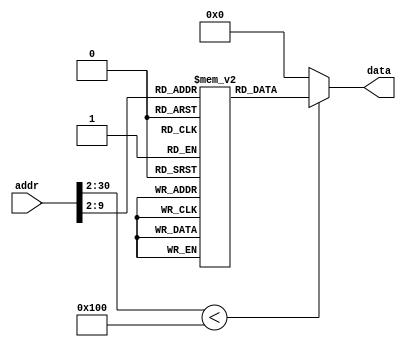
`timescale 1ns/1ps

module ROM5 (addr,data);
input [30:0] addr;
output [31:0] data;

localparam ROM_SIZE = 256;
(* rom_style = "distributed" *) reg [31:0] ROMDATA[ROM_SIZE-1:0];

assign data=(addr[30:2] < ROM_SIZE)?ROMDATA[addr[30:2]]:32'b0;

integer i;
initial begin
ROMDATA[0] <= 32'h0800006b;//j Start
ROMDATA[1] <= 32'h08000067;//j ill_handler
ROMDATA[2] <= 32'h08000003;//j IRQ
ROMDATA[3] <= 32'h3c194000;//IRQ: lui $t9 0x4000
ROMDATA[4] <= 32'h8f310008;//lw $s1 8($t9)
ROMDATA[5] <= 32'h32380004;//andi $t8 $s1 4
ROMDATA[6] <= 32'h3231fffb;//andi $s1 $s1 0xfffb
ROMDATA[7] <= 32'haf310008;//sw $s1 8($t9)
ROMDATA[8] <= 32'h17000010;//bne $t8 $zero Timer
ROMDATA[9] <= 32'h8f310020;//lw $s1 32($t9)
ROMDATA[10] <= 32'h322f0008;//andi $t7 $s1 8
ROMDATA[11] <= 32'h15e00054;//bne $t7 $zero Read
ROMDATA[12] <= 32'h322e0004;//andi $t6 $s1 4
ROMDATA[13] <= 32'h15c00001;//bne $t6 $zero Write
ROMDATA[14] <= 32'h08000067;//j ill_handler
ROMDATA[15] <= 32'h20020000;//Write: addi $v0 $zero 0
ROMDATA[16] <= 32'h08000011;//j Return
ROMDATA[17] <= 32'h8f310008;//Return: lw $s1 8($t9)
ROMDATA[18] <= 32'h20180002;//addi $t8 $zero 2
ROMDATA[19] <= 32'h02388825;//or $s1 $s1 $t8
ROMDATA[20] <= 32'haf310008;//sw $s1 8($t9)
ROMDATA[21] <= 32'h20180003;//addi $t8 $zero 3
ROMDATA[22] <= 32'haf380020;//sw $t8 32($t9)
ROMDATA[23] <= 32'h235afffc;//addi $k0 $k0 -4
ROMDATA[24] <= 32'h03400008;//jr $k0
ROMDATA[25] <= 32'h8f320014;//Timer: lw $s2 20($t9)
ROMDATA[26] <= 32'h324f0f00;//andi $t7 $s2 0x0f00
ROMDATA[27] <= 32'h200a0700;//addi $t2 $zero 0x0700
ROMDATA[28] <= 32'h20090b00;//addi $t1 $zero 0x0b00
ROMDATA[29] <= 32'h11ea000a;//beq $t7 $t2 Second
ROMDATA[30] <= 32'h200a0b00;//addi $t2 $zero 0x0b00
ROMDATA[31] <= 32'h20090d00;//addi $t1 $zero 0x0d00
ROMDATA[32] <= 32'h11ea0009;//beq $t7 $t2 Third
ROMDATA[33] <= 32'h200a0d00;//addi $t2 $zero 0x0d00
ROMDATA[34] <= 32'h20090e00;//addi $t1 $zero 0x0e00
ROMDATA[35] <= 32'h11ea0009;//beq $t7 $t2 Fourth
ROMDATA[36] <= 32'h20090700;//addi $t1 $zero 0x0700
ROMDATA[37] <= 32'h30ce00f0;//andi $t6 $a2 0x00f0
ROMDATA[38] <= 32'h000e7102;//srl $t6 $t6 4
ROMDATA[39] <= 32'h0800002f;//j Decode
ROMDATA[40] <= 32'h30ce000f;//Second: andi $t6 $a2 0x000f
ROMDATA[41] <= 32'h0800002f;//j Decode
ROMDATA[42] <= 32'h30ee00f0;//Third: andi $t6 $a3 0x00f0
ROMDATA[43] <= 32'h000e7102;//srl $t6 $t6 4
ROMDATA[44] <= 32'h0800002f;//j Decode
ROMDATA[45] <= 32'h30ee000f;//Fourth: andi $t6 $a3 0x000f
ROMDATA[46] <= 32'h0800002f;//j Decode
ROMDATA[47] <= 32'h200d0000;//Decode: addi $t5 $zero 0
ROMDATA[48] <= 32'h200c00c0;//addi $t4 $zero 0xc0
ROMDATA[49] <= 32'h11ae002b;//beq $t5 $t6 Digi
ROMDATA[50] <= 32'h200d0001;//addi $t5 $zero 1
ROMDATA[51] <= 32'h200c00f9;//addi $t4 $zero 0xf9
ROMDATA[52] <= 32'h11ae0028;//beq $t5 $t6 Digi
ROMDATA[53] <= 32'h200d0002;//addi $t5 $zero 2
ROMDATA[54] <= 32'h200c00a4;//addi $t4 $zero 0xa4
ROMDATA[55] <= 32'h11ae0025;//beq $t5 $t6 Digi
ROMDATA[56] <= 32'h200d0003;//addi $t5 $zero 3
ROMDATA[57] <= 32'h200c00b0;//addi $t4 $zero 0xb0
ROMDATA[58] <= 32'h11ae0022;//beq $t5 $t6 Digi
ROMDATA[59] <= 32'h200d0004;//addi $t5 $zero 4
ROMDATA[60] <= 32'h200c0099;//addi $t4 $zero 0x99
ROMDATA[61] <= 32'h11ae001f;//beq $t5 $t6 Digi
ROMDATA[62] <= 32'h200d0005;//addi $t5 $zero 5
ROMDATA[63] <= 32'h200c0092;//addi $t4 $zero 0x92
ROMDATA[64] <= 32'h11ae001c;//beq $t5 $t6 Digi
ROMDATA[65] <= 32'h200d0006;//addi $t5 $zero 6
ROMDATA[66] <= 32'h200c0082;//addi $t4 $zero 0x82
ROMDATA[67] <= 32'h11ae0019;//beq $t5 $t6 Digi
ROMDATA[68] <= 32'h200d0007;//addi $t5 $zero 7
ROMDATA[69] <= 32'h200c00f8;//addi $t4 $zero 0xf8
ROMDATA[70] <= 32'h11ae0016;//beq $t5 $t6 Digi
ROMDATA[71] <= 32'h200d0008;//addi $t5 $zero 8
ROMDATA[72] <= 32'h200c0080;//addi $t4 $zero 0x80
ROMDATA[73] <= 32'h11ae0013;//beq $t5 $t6 Digi
ROMDATA[74] <= 32'h200d0009;//addi $t5 $zero 9
ROMDATA[75] <= 32'h200c0090;//addi $t4 $zero 0x90
ROMDATA[76] <= 32'h11ae0010;//beq $t5 $t6 Digi
ROMDATA[77] <= 32'h200d000a;//addi $t5 $zero 10
ROMDATA[78] <= 32'h200c0088;//addi $t4 $zero 0x88
ROMDATA[79] <= 32'h11ae000d;//beq $t5 $t6 Digi
ROMDATA[80] <= 32'h200d000b;//addi $t5 $zero 11
ROMDATA[81] <= 32'h200c0083;//addi $t4 $zero 0x83
ROMDATA[82] <= 32'h11ae000a;//beq $t5 $t6 Digi
ROMDATA[83] <= 32'h200d000c;//addi $t5 $zero 12
ROMDATA[84] <= 32'h200c00c6;//addi $t4 $zero 0xc6
ROMDATA[85] <= 32'h11ae0007;//beq $t5 $t6 Digi
ROMDATA[86] <= 32'h200d000d;//addi $t5 $zero 13
ROMDATA[87] <= 32'h200c00a1;//addi $t4 $zero 0xa1
ROMDATA[88] <= 32'h11ae0004;//beq $t5 $t6 Digi
ROMDATA[89] <= 32'h200d000e;//addi $t5 $zero 14
ROMDATA[90] <= 32'h200c0086;//addi $t4 $zero 0x86
ROMDATA[91] <= 32'h11ae0001;//beq $t5 $t6 Digi
ROMDATA[92] <= 32'h200c008e;//addi $t4 $zero 0x8e
ROMDATA[93] <= 32'h01899020;//Digi: add $s2 $t4 $t1
ROMDATA[94] <= 32'haf320014;//sw $s2 20($t9)
ROMDATA[95] <= 32'h08000011;//j Return
ROMDATA[96] <= 32'h10800004;//Read: beq $a0 $zero Firstpara
ROMDATA[97] <= 32'h10a00001;//beq $a1 $zero Secondpara
ROMDATA[98] <= 32'h08000011;//j Return
ROMDATA[99] <= 32'h8f25001c;//Secondpara: lw $a1 28($t9)
ROMDATA[100] <= 32'h08000011;//j Return
ROMDATA[101] <= 32'h8f24001c;//Firstpara: lw $a0 28($t9)
ROMDATA[102] <= 32'h08000011;//j Return
ROMDATA[103] <= 32'h08000067;//ill_handler: j ill_handler
ROMDATA[104] <= 32'h001ff840;//Next: sll $ra $ra 1
ROMDATA[105] <= 32'h001ff842;//srl $ra $ra 1
ROMDATA[106] <= 32'h03e00008;//jr $ra
ROMDATA[107] <= 32'h0c000068;//Start: jal Next
ROMDATA[108] <= 32'h3c194000;//lui $t9 0x4000
ROMDATA[109] <= 32'haf200008;//sw $zero 8($t9)
ROMDATA[110] <= 32'h3c18ffff;//lui $t8 0xffff
ROMDATA[111] <= 32'h2018d8ef;//addi $t8 $zero 0xd8ef
ROMDATA[112] <= 32'haf380000;//sw $t8 0($t9)
ROMDATA[113] <= 32'h3c18ffff;//lui $t8 0xffff
ROMDATA[114] <= 32'h2018ffff;//addi $t8 $zero 0xffff
ROMDATA[115] <= 32'haf380004;//sw $t8 4($t9)
ROMDATA[116] <= 32'haf380014;//sw $t8 20($t9)
ROMDATA[117] <= 32'h20180003;//addi $t8 $zero 3
ROMDATA[118] <= 32'haf380008;//sw $t8 8($t9)
ROMDATA[119] <= 32'h2018000e;//addi $t8 $zero 0x000e
ROMDATA[120] <= 32'haf380020;//sw $t8 32($t9)
ROMDATA[121] <= 32'h1080ffff;//Wait1: beq $a0 $zero Wait1
ROMDATA[122] <= 32'h10a0fffe;//beq $a1 $zero Wait1
ROMDATA[123] <= 32'h00803020;//add $a2 $a0 $zero
ROMDATA[124] <= 32'h00a03820;//add $a3 $a1 $zero
ROMDATA[125] <= 32'h2018000c;//addi $t8 $zero 0x000c
ROMDATA[126] <= 32'haf380020;//sw $t8 32($t9)
ROMDATA[127] <= 32'h00c7402a;//Check: slt $t0 $a2 $a3
ROMDATA[128] <= 32'h15000004;//bne $t0 $zero Less
ROMDATA[129] <= 32'h00c73022;//More: sub $a2 $a2 $a3
ROMDATA[130] <= 32'h14c0fffc;//bne $a2 $zero Check
ROMDATA[131] <= 32'h00073020;//add $a2 $zero $a3
ROMDATA[132] <= 32'h08000087;//j Result
ROMDATA[133] <= 32'h00e63822;//Less: sub $a3 $a3 $a2
ROMDATA[134] <= 32'h14e0fff8;//bne $a3 $zero Check
ROMDATA[135] <= 32'h00c01020;//Result: add $v0 $a2 $zero
ROMDATA[136] <= 32'haf22000c;//sw $v0 12($t9)
ROMDATA[137] <= 32'h20040000;//addi $a0 $zero 0
ROMDATA[138] <= 32'h20040000;//addi $a0 $zero 0
ROMDATA[139] <= 32'h8f380020;//Wait2Prepare: lw $t8 32($t9)
ROMDATA[140] <= 32'h33180010;//andi $t8 $t8 0x0010
ROMDATA[141] <= 32'h1700fffd;//bne $t8 $zero Wait2Prepare
ROMDATA[142] <= 32'haf220018;//sw $v0 24($t9)
ROMDATA[143] <= 32'h2018000d;//addi $t8 $zero 0x000d
ROMDATA[144] <= 32'haf380020;//sw $t8 32($t9)
ROMDATA[145] <= 32'h1440ffff;//Wait2: bne $v0 $zero Wait2
ROMDATA[146] <= 32'h2018000e;//addi $t8 $zero 0x000e
ROMDATA[147] <= 32'haf380020;//sw $t8 32($t9)
ROMDATA[148] <= 32'h08000079;//j Wait1



	    for (i=149;i<ROM_SIZE;i=i+1) begin
            ROMDATA[i] <= 32'b0;
        end
end
endmodule